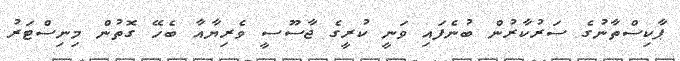
ޕާކިސްތާނުގެ ސަރުކާރުން ބުނެފައި ވަނީ ކުރީގެ ޖާސޫސީ ވެރިޔާއާ ބެހޭ ގޮތުން މިނިސްޓަރު